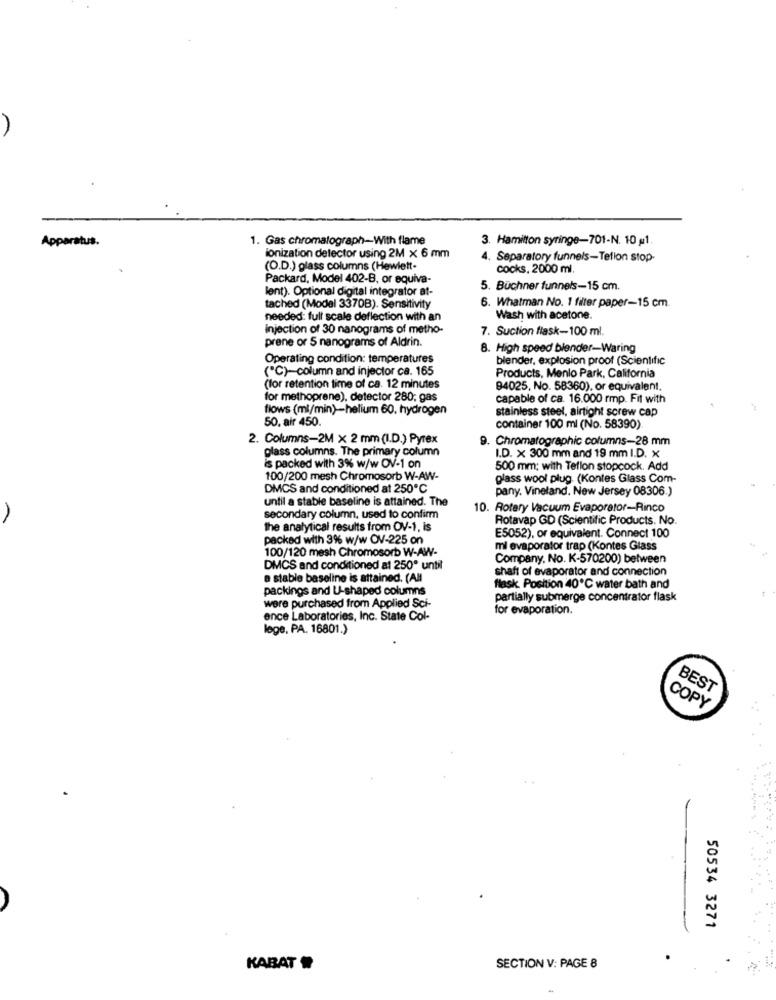
Apparatus.
1. Gas chromatograph-With flame
3. Hamilton syringe-701-N. 10 1.
ionization detector using 2M x 6 mm
4. Separatory funnels-Teflon stop-
(O.D.) glass columns (Hewlett-
cocks, 2000 ml
Packard, Model 402-B, or equiva-
lent). Optional digital integrator at-
5. Büchner funnels-15 cm.
tached (Model 3370B). Sensitivity
6. Whatman No. 1 filter paper-15 cm.
needed: full scale deflection with an
Wash with acetone.
Injection of 30 nanograms of metho-
7. Suction flask-100 ml.
prene or 5 nanograms of Aldrin.
8. High speed blender-Waring
Operating condition: temperatures
blender, explosion proof (Scientific
("℃)- column and injector ca. 165
Products, Menlo Park, California
(for retention time of ca. 12 minutes
94025, No. 58360), or equivalent.
for methoprene), detector 280; gas
capable of ca. 16.000 rmp. Fit with
flows (ml/min) -- helium 60, hydrogen
stainless steel, airtight screw cap
50. air 450.
container 100 ml (No. 58390)
2. Columns-2M x 2 mm (I.D.) Pyrex
9. Chromatographic columns-28 mm
glass columns. The primary column
I.D. x 300 mm and 19 mm I.D. X
is packed with 3% w/w OV-1 on
500 mm; with Teflon stopcock. Add
100/200 mesh Chromosorb W-AW-
glass wool plug. (Kontes Glass Com-
DMCS and conditioned at 250℃
pany. Vineland. New Jersey 08306.)
until a stable baseline is attained. The
10. Rotary Vacuum Evaporator-Rinco
A
secondary column, used to confirm
Rotavap GD (Scientific Products. No.
the analytical results from OV-1, is
packed with 3% w/w OV-225 on
E5052), or equivalent. Connect 100
100/120 mesh Chromosorb W-AW-
mi evaporator trap (Kontes Glass
Company, No. K-570200) between
DMCS and conditioned at 250" until
shaft of evaporator and connection
a stable baseline is attained. (All
packings and U-shaped columns
flask. Position 40℃ water bath and
were purchased from Applied Sci-
partially submerge concentrator flask
for evaporation.
ence Laboratories, Inc. State Col-
lege, PA. 16801.)
BEST
COPY
50534 3271
KABAT
SECTION V: PAGE 8